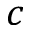
c